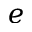
e